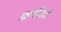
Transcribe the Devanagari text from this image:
क्लॉवर्ट